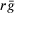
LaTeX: r { \bar { g } }